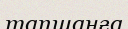
тапшанға